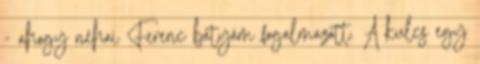
- ahogy néhai Ferenc bátyám fogalmazott. A kulcs egy